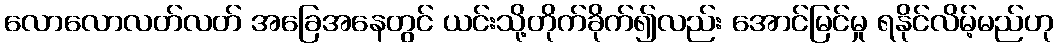
လောလောလတ်လတ် အခြေအနေတွင် ယင်းသို့တိုက်ခိုက်၍လည်း အောင်မြင်မှု ရနိုင်လိမ့်မည်ဟု